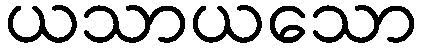
ယသာယသော